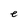
Character: e